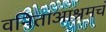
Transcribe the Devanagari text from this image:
वनिताआश्रमचं